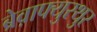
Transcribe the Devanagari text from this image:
ब्रेव़ाफ्युरथुर